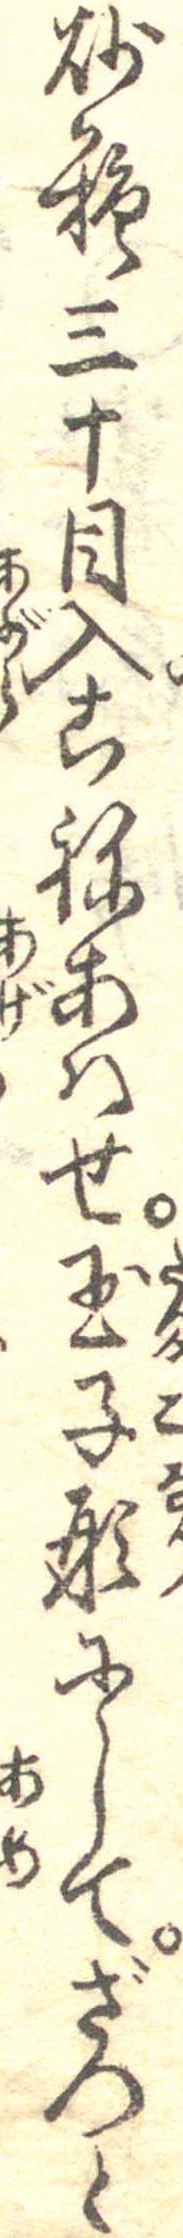
砂糖三十目入こねあはせ玉子形にしてざつと